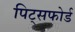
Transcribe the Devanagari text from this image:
पिट्सफोर्ड